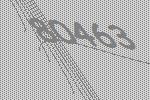
80463